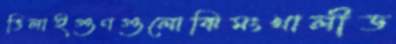
ভিলাইগুণগুলোঝিমংখালীড